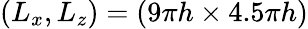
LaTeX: (L_{x},L_{z})=(9\pi h\times 4.5\pi h)